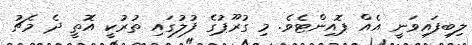
ލިބިފައިވަނީ އެއް ޕޮއިންޓެވެ. މި ގުރޫޕުގެ ފުލުގައި ތުރުކީ އޮތީ ދެ މެޗު